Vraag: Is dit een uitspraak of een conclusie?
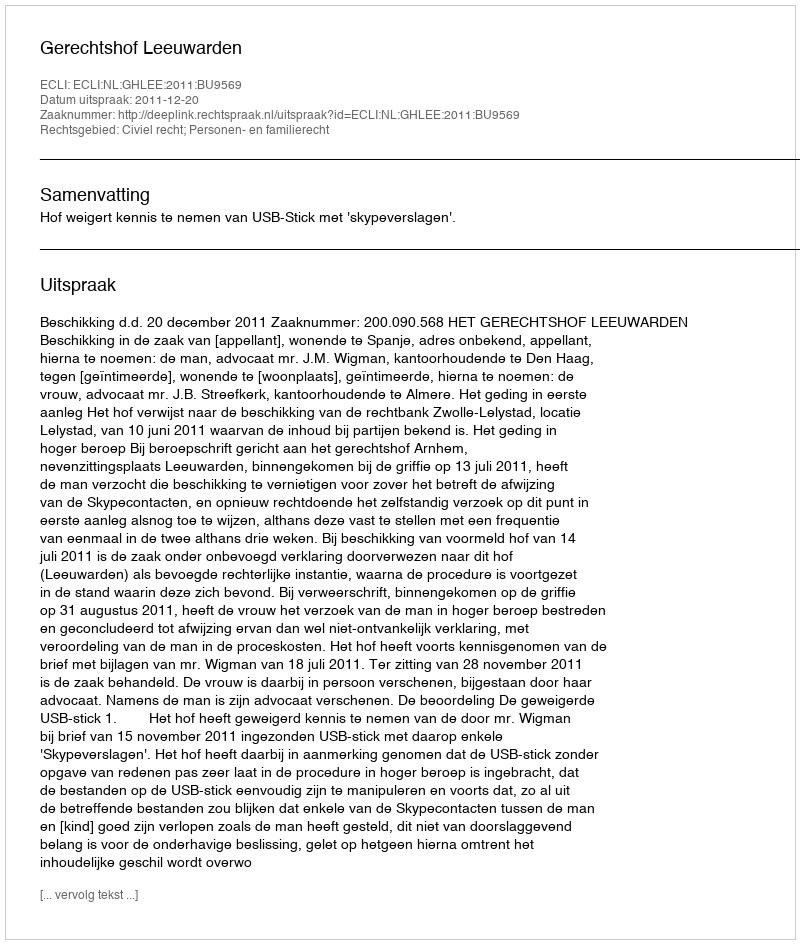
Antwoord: Uitspraak